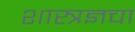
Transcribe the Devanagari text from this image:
शास्त्रज्ञचा